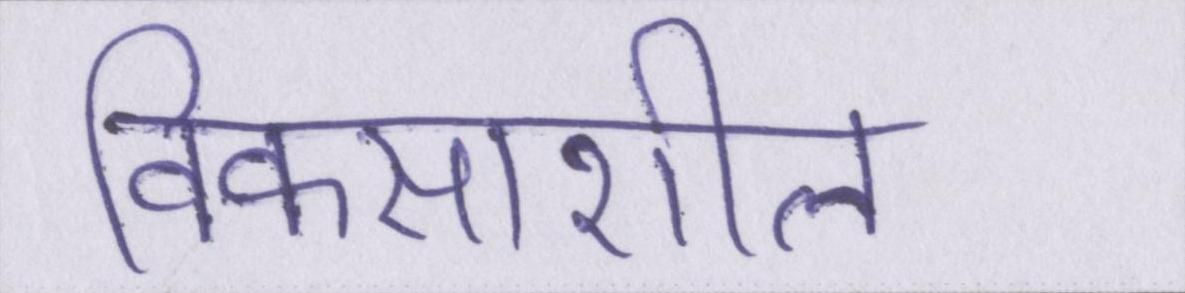
विकसाशील